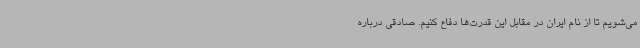
می‌شویم تا از نام ایران در مقابل این قدرت‌ها دفاع کنیم‌. صادقی درباره